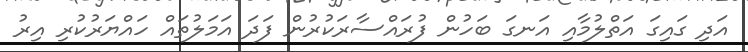
އަދި ގައިގަ އަތްލުމާއި އަނގަ ބަހުން ފުރައްސާރަކުރުން ފަދަ އަމަލުތައް ހައްޔަރުކުރި އިރު